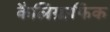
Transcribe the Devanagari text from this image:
कैलिग्राफिक